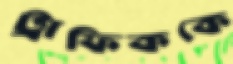
ট্রাফিককে